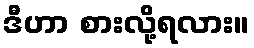
ဒီဟာ စားလို့ရလား။